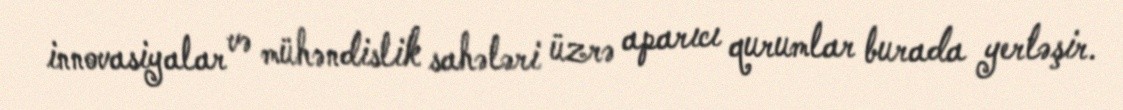
innovasiyalar və mühəndislik sahələri üzrə aparıcı qurumlar burada yerləşir.